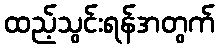
ထည့်သွင်းရန်အတွက်